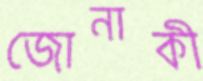
জোনাকী